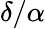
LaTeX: \delta/\alpha